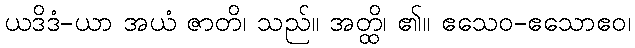
ယဒိဒံ-ယာ အယံ ဇာတိ၊ သည်။ အတ္ထိ၊ ၏။ ဧသေဝ-ဧသောဧဝ၊